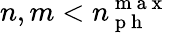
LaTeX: n,m<n_{\mathrm{~p~h~}}^{\mathrm{~m~a~x~}}